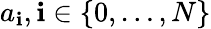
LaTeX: a_{\mathbf{i}},\mathbf{i}\in\{ 0,\dots,N\}